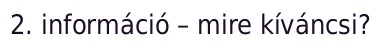
2. információ – mire kíváncsi?